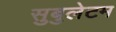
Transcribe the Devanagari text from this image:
सुबुलेटम